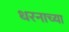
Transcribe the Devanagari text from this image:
धरनाच्या